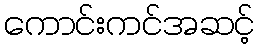
ကောင်းကင်အဆင့်